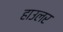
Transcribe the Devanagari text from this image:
हाउलर